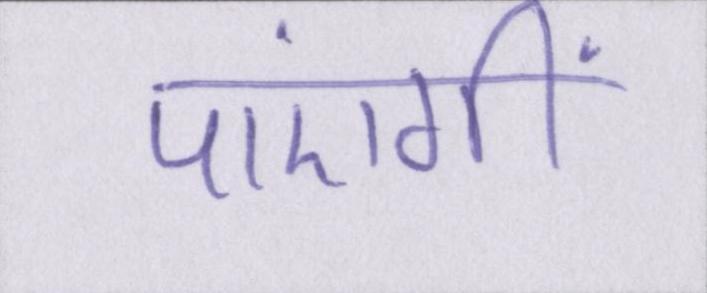
पाएंगीं